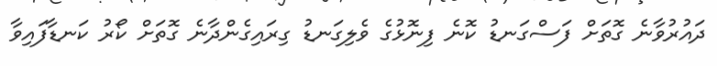
ދައުރުވާނެ ގޮތަށް ފަސްގަނޑު ކޮނެ ފިނޮޅުގެ ވެލިގަނޑު ގިރައިގެންދާނެ ގޮތަށް ކޯރު ކަނޑާފައިވާ